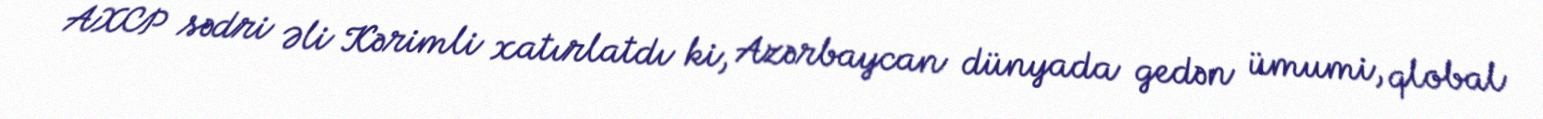
AXCP sədri Əli Kərimli xatırlatdı ki, Azərbaycan dünyada gedən ümumi, qlobal